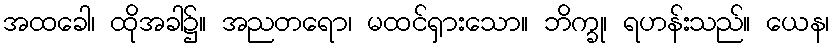
အထခေါ၊ ထိုအခါ၌။ အညတရော၊ မထင်ရှားသော။ ဘိက္ခု၊ ရဟန်းသည်။ ယေန၊